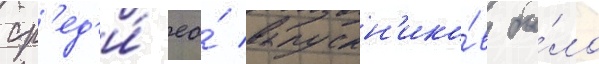
ср'ед'и́ ео́ выпускн'ико́в бы́ло